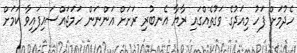
ހެދުމަށް ފަހު މިއަދުގެ ވަގުތެއްގައި ރާޔާ އެނބުރި ރަށަށް އަންނަން ހަމަޖައްސައިފައިވާ ކަމަށް